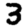
Digit: 3